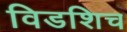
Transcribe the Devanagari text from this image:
विडशिच